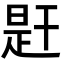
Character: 𢆝